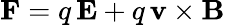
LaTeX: \mathbf{F}=q\, \mathbf{E}+q\, \mathbf{v}\times\mathbf{B}